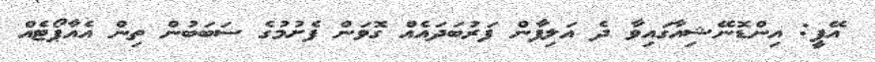
އޭޕީ: އިންޑޮނޭޝިއާގައިވާ ދެ އަލިފާން ފަރުބަދައެއް ގޮވަން ފެށުމުގެ ސަބަބުން ތިން އެއާޕޯޓެއް